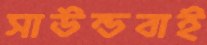
সাউন্ডবাই